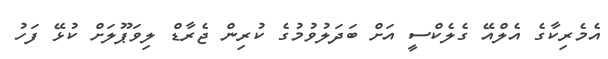
އެމެރިކާގެ އެލްއޭ ގެލެކްސީ އަށް ބަދަލުވުމުގެ ކުރިން ޖެރާޑް ލިވަޕޫލަށް ކުޅޭ ފަހު